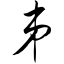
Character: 弟